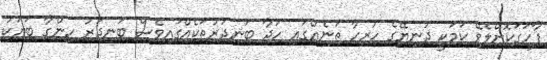
ފާހަގަކޮށްލެވޭ ކަމަކީ ދުނިޔޭގެ ހުރިހާ ތަނެއްގައި ހަދާ ބަނދަރުތަކެއްގައިވެސް ބަނދަރު ހިންގާ ބަޔަކު